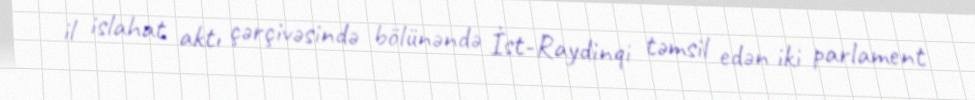
il islahat aktı çərçivəsində bölünəndə İst-Raydinqi təmsil edən iki parlament